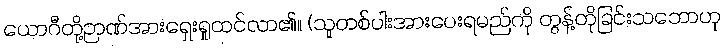
ယောဂီတို့ဉာဏ်အားရှေးရှုထင်လာ၏။ (သူတစ်ပါးအားပေးရမည်ကို တွန့်တိုခြင်းသဘောဟု